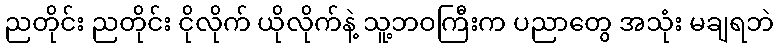
ညတိုင်း ညတိုင်း ငိုလိုက် ယိုလိုက်နဲ့ သူ့ဘဝကြီးက ပညာတွေ အသုံး မချရဘဲ